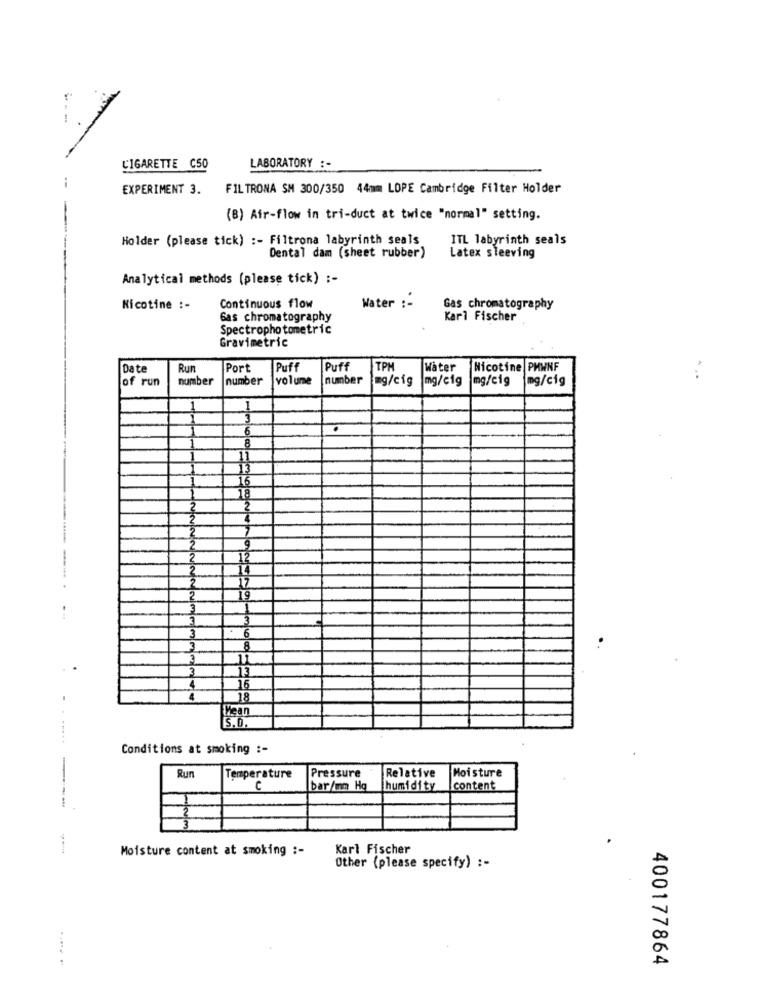
L'IGARETTE C50
LABORATORY :-
EXPERIMENT 3.
FILTRONA SM 300/350 44mm LOPE Cambridge Filter Holder
(B) Air-flow in tri-duct at twice "normal" setting.
Holder (please tick) :- Filtrona labyrinth seals
1TL labyrinth seals
Latex sleeving
Dental dam (sheet rubber)
Analytical methods (please tick) :-
Water :-
Nicotine :-
Continuous flow
Gas chromatography
Gas chromatography
Karl Fischer
Spectrophotometric
Gravimetric
Date
Run
Port
Puff
Puff
TPM
Water
Nicotine PHWNF
number
number
volume
number
mg/cig
mg/c1g
mg/cig
img/cig
...
of run
6
8
16
18
17
19
3
3
6
.
3
8
11
13
16
18
Mean
S.D.
Conditions at smoking :-
Pressure
Moisture
Run
Temperature
Relative
bar/mm Hg
humidity
content
-----
Moisture content at smoking :-
Karl Fischer
Other (please specify) :-
400177864